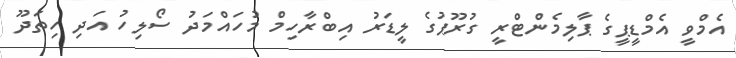
އެމްވީ އެމްޑީޕީގެ ޕާލިމެންޓްރީ ގުރޫޕުގެ ލީޑަރު އިބްރާހިމް މުހައްމަދު ސޯލިހު އަދި ހިތަދޫ